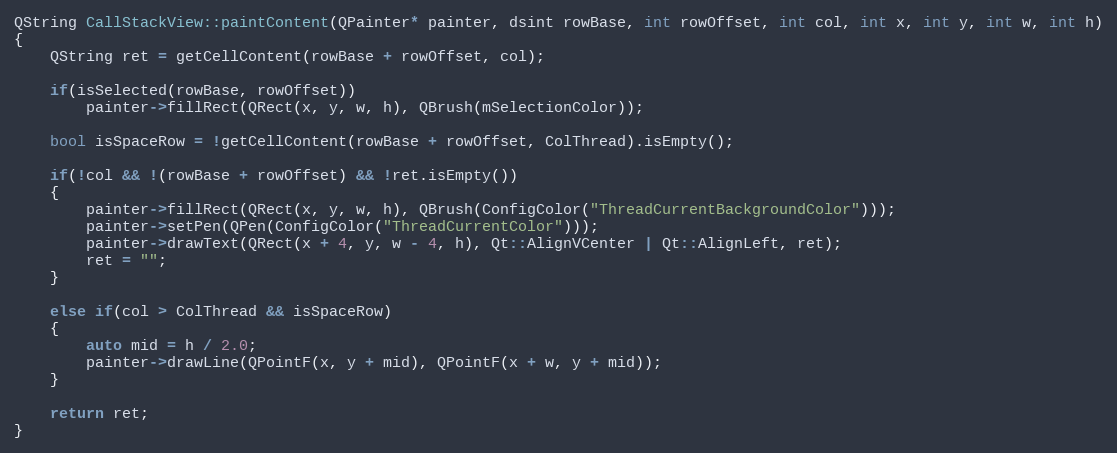
Language: C++
QString CallStackView::paintContent(QPainter* painter, dsint rowBase, int rowOffset, int col, int x, int y, int w, int h)
{
    QString ret = getCellContent(rowBase + rowOffset, col);

    if(isSelected(rowBase, rowOffset))
        painter->fillRect(QRect(x, y, w, h), QBrush(mSelectionColor));

    bool isSpaceRow = !getCellContent(rowBase + rowOffset, ColThread).isEmpty();

    if(!col && !(rowBase + rowOffset) && !ret.isEmpty())
    {
        painter->fillRect(QRect(x, y, w, h), QBrush(ConfigColor("ThreadCurrentBackgroundColor")));
        painter->setPen(QPen(ConfigColor("ThreadCurrentColor")));
        painter->drawText(QRect(x + 4, y, w - 4, h), Qt::AlignVCenter | Qt::AlignLeft, ret);
        ret = "";
    }

    else if(col > ColThread && isSpaceRow)
    {
        auto mid = h / 2.0;
        painter->drawLine(QPointF(x, y + mid), QPointF(x + w, y + mid));
    }

    return ret;
}